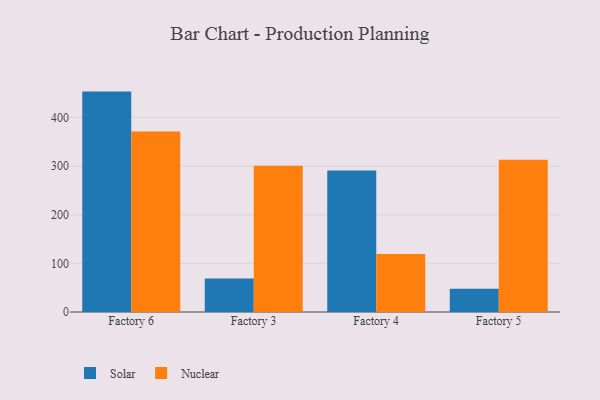
{"axis": {"x": "Factory", "y": "Humidity (%)"}, "legend": ["Nuclear", "Solar"], "data": [{"x": "Factory 6", "y": 453.2, "type": "Solar"}, {"x": "Factory 6", "y": 371.0, "type": "Nuclear"}, {"x": "Factory 3", "y": 69.1, "type": "Solar"}, {"x": "Factory 3", "y": 300.7, "type": "Nuclear"}, {"x": "Factory 4", "y": 291.0, "type": "Solar"}, {"x": "Factory 4", "y": 119.2, "type": "Nuclear"}, {"x": "Factory 5", "y": 47.8, "type": "Solar"}, {"x": "Factory 5", "y": 313.0, "type": "Nuclear"}]}